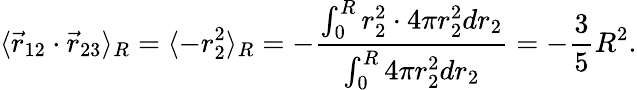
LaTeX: \langle\vec{r}_{12}\cdot\vec{r}_{23}\rangle_{R}=\langle-r_{2}^{2}\rangle_{R}=-\frac{\int_{0}^{R}r_{2}^{2}\cdot 4\pi r_{2}^{2}dr_{2}}{\int_{0}^{R}4\pi r_{2}^{2}dr_{2}}=-\frac{3}{5}R^{2}.